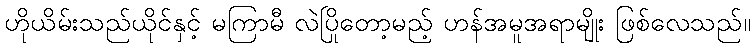
ဟိုယိမ်းသည်ယိုင်နှင့် မကြာမီ လဲပြိုတော့မည့် ဟန်အမူအရာမျိုး ဖြစ်လေသည်။